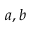
a , b